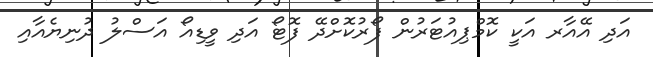
އަދި އޭއާރ އަކީ ކޮމްޕިއުޓަރުން ފޯރުކޮށްދޭ ފޮޓޯ އަދި ވީޑިއޯ އަސްލު ދުނިޔެއާއި